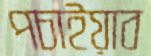
পচাইয়াব